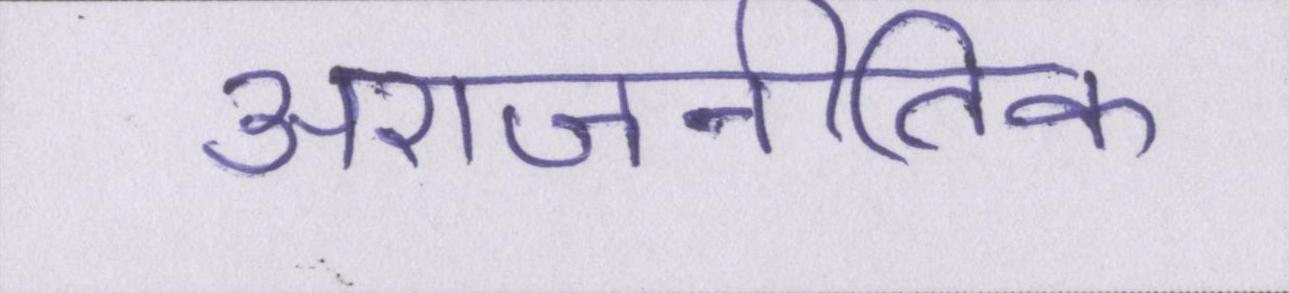
अराजनीतिक